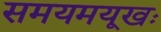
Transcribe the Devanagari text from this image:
समयमयूखः